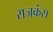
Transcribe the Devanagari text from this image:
राजकंस